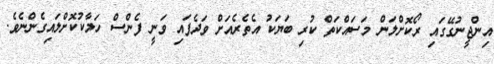
އިންޖީނުގޭގައި ރޯކޮށްލަން މަސައްކަތް ކުރި ބަޔަކު އެތެރެއަށް ވަދެފައި ވަނީ ފެންސް ހަލާކުކޮށްލައިގެންނެވެ.